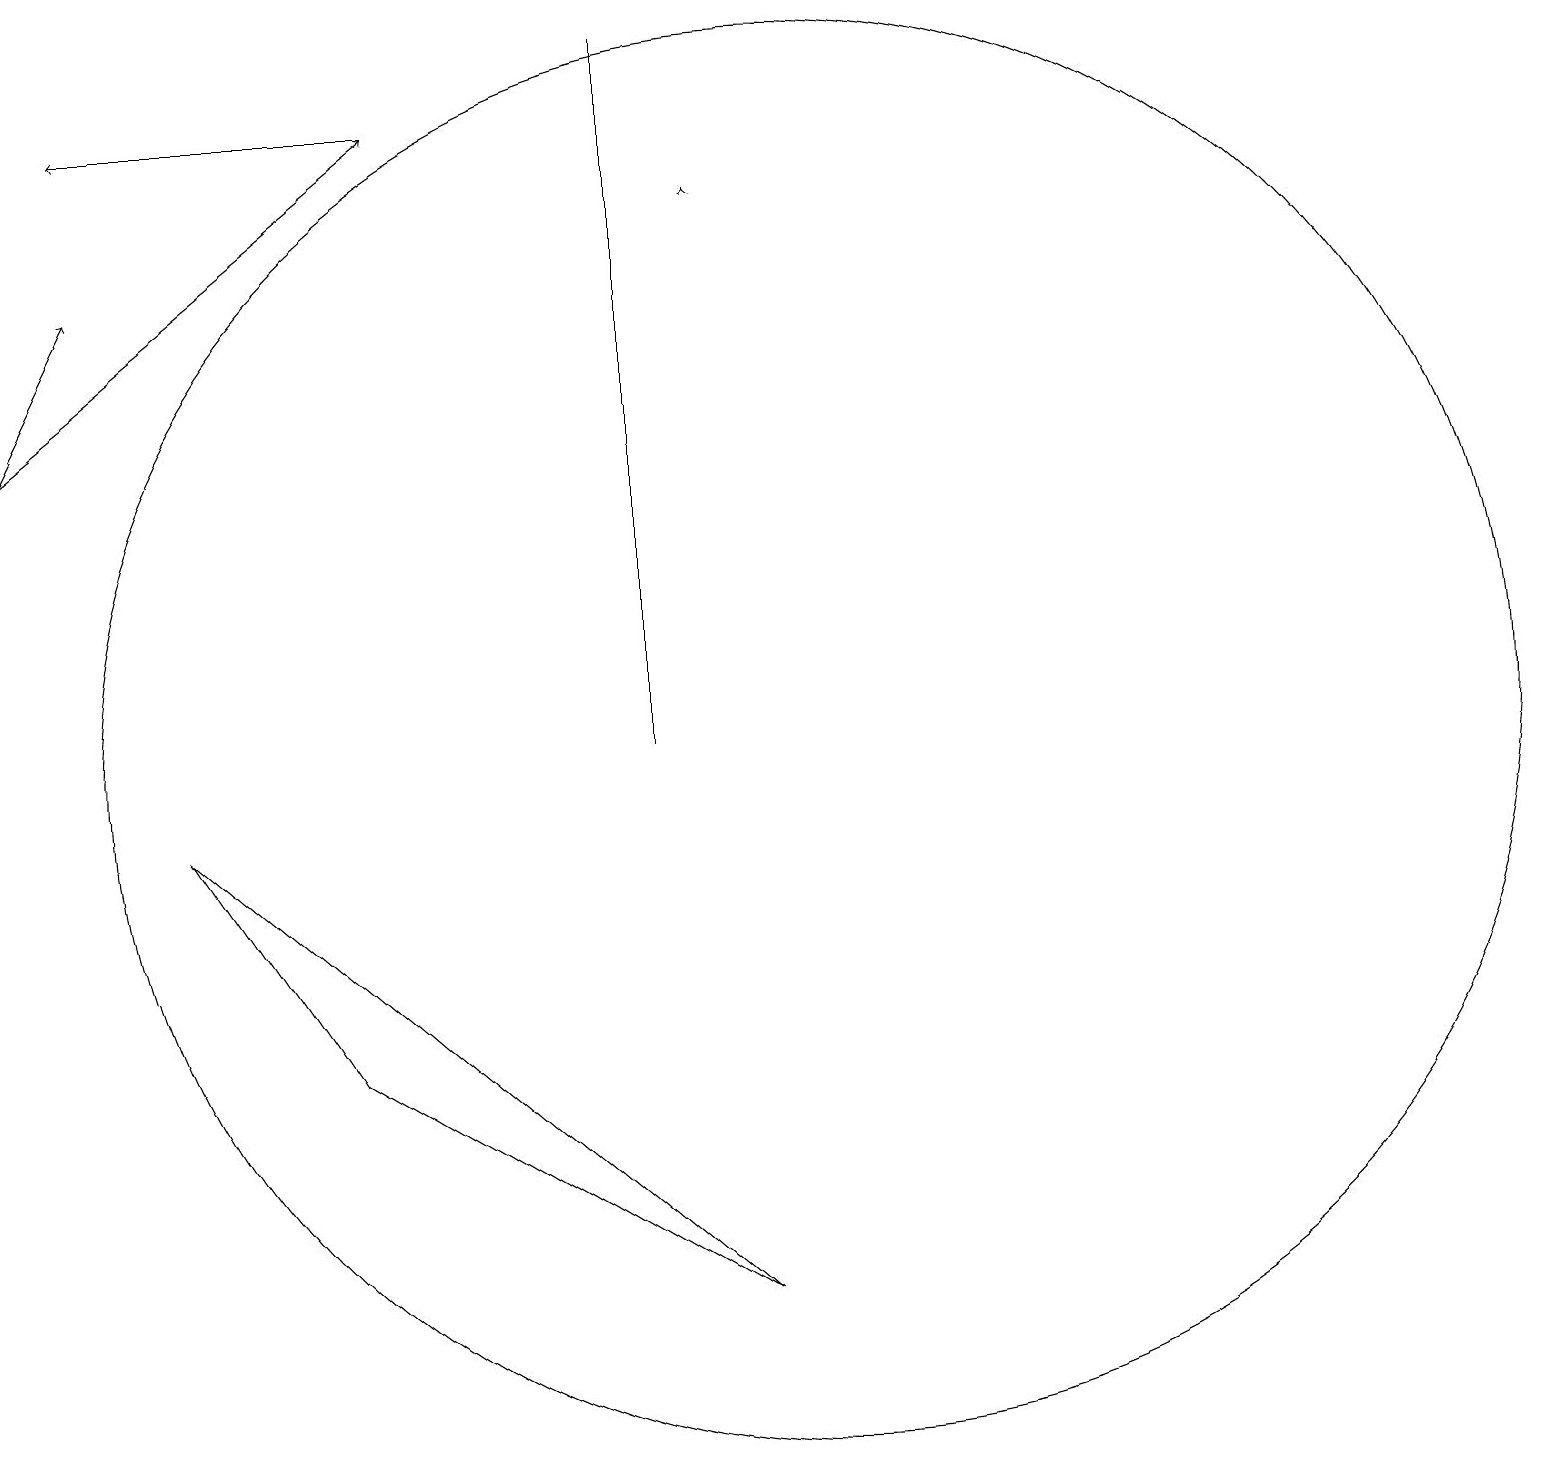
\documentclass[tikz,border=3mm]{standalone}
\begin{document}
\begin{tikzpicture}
\draw[->] (0,14) -- (5,18);
\draw (9,3) -- (4,6) -- (2,9) -- cycle;
\draw[->] (9,17) -- (9,17);
\draw (10,10) circle (0);
\draw[->] (5,18) -- (1,18);
\draw (10,10) circle (9);
\draw[->] (0,14) -- (1,16);
\draw (8,19) rectangle (8,10);
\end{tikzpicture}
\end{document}